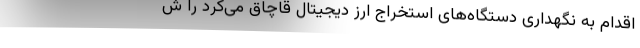
اقدام به نگهداری دستگاه‌های استخراج ارز دیجیتال قاچاق می‌کرد را ش